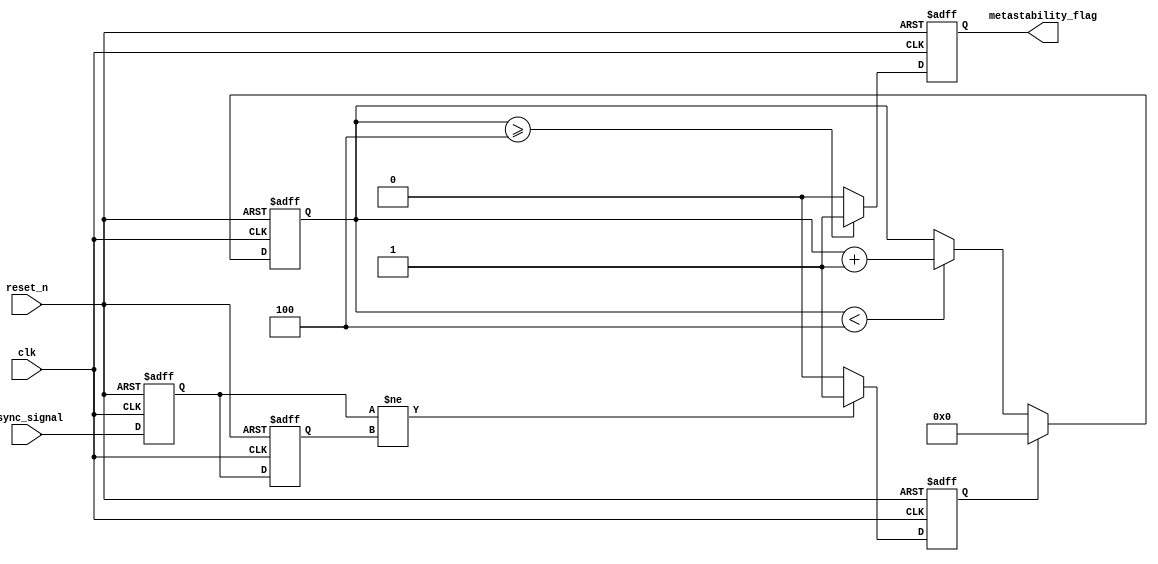
module metastability_detector #(
    parameter PULSE_WIDTH = 1,           // Pulse width in clock cycles
    parameter MONITOR_DURATION = 4        // Duration to monitor metastability
)(
    input wire clk,                       // Synchronous clock
    input wire reset_n,                   // Active-low reset
    input wire async_signal,               // Asynchronous input signal
    output reg metastability_flag          // Metastability flag output
);

    // Internal signals
    reg ff1, ff2;                         // Flip-flops for sampling
    reg pulse;                            // Pulse signal
    reg [3:0] monitor_counter;            // Counter for monitoring duration

    // Flip-flop sampling the asynchronous input signal
    always @(posedge clk or negedge reset_n) begin
        if (!reset_n) begin
            ff1 <= 1'b0;
            ff2 <= 1'b0;
        end else begin
            ff1 <= async_signal;           // Sample the async signal
            ff2 <= ff1;                    // Sample the output of the first flip-flop
        end
    end

    // Pulse generation logic
    always @(posedge clk or negedge reset_n) begin
        if (!reset_n) begin
            pulse <= 1'b0;
        end else begin
            if (ff1 != ff2) begin           // Detect change in the output of ff1
                pulse <= 1'b1;              // Generate pulse
            end else if (pulse) begin
                pulse <= 1'b0;              // Reset pulse after one clock cycle
            end
        end
    end

    // Metastability detection logic
    always @(posedge clk or negedge reset_n) begin
        if (!reset_n) begin
            metastability_flag <= 1'b0;
            monitor_counter <= 4'b0;
        end else begin
            if (pulse) begin                // If pulse is generated
                monitor_counter <= 4'b0;    // Reset the counter
            end else if (monitor_counter < MONITOR_DURATION) begin
                monitor_counter <= monitor_counter + 1; // Increment counter
            end
            
            // Check if the counter exceeds the duration
            if (monitor_counter >= MONITOR_DURATION) begin
                metastability_flag <= 1'b1;  // Set the metastability flag
            end else begin
                metastability_flag <= 1'b0;  // Clear the flag
            end
        end
    end

endmodule